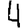
Digit: 4